Report on horse surra - Volume II, Part I
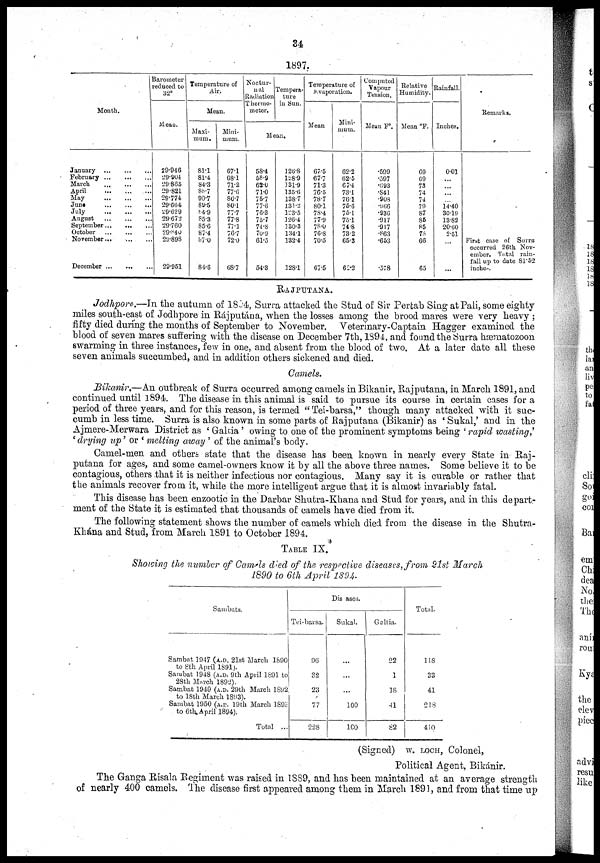
34
1897.
Barometer
reduced to
32°
Month.
January
February
March
...
April
May
June
July
August
September
October
November...
...
December
Mean.
29.946
29.904
29.865
29.821
29.774
29.664
29.629
29.672
29.760
29.840
29.898
29.951
Temperature of
Air,
Mean.
Maxi¬
mum.
81.1
81.4
84.3
88.7
90.7
89.5
84.9
85.3
85.6
87.4
87.0
84.6
Mini-
mum.
67.1
68.1
71.2
77.6
80.7
80.1
77.7
77.8
77.1
76.7
72.0
68.7
Noctur-
nal
Radiation
Thermo-
meter.
Mean.
58.4
58.9
62.0
71.0
75.7
77.6
76.3
75.7
74.8
70.9
61.5
54.3
Tempera-
ture
in Sun.
126.8
128.9
131.9
135.6
138.7
131.2
123.5
126.4
130.3
134.1
132.4
128.1
Temperature of
Evaporation.
Mean
67.5
67.7
71.3
76.5
78.7
80.1
78.4
77.9
78.0
76.8
70.5
67.5
Mini-
mum.
62.2
62.5
67.4
73.1
76.1
76.6
75.1
75.1
74.8
73.2
65.3
62.2
Computed
Vapour
Tension.
Mean F°.
.599
.597
.593
.841
.908
.966
.936
.917
.917
.863
.653
.578
Relative
Humidity.
Mean °F.
69
69
73
74
74
79
87
85
85
78
66
65
Rainfall.
Inches.
0.01
...
...
...
...
14.40
30.19
13.82
20.60
2.51
...
...
Remarks.
First case of Surra
occurred 26th Nov-
ember. Total rain-
fall up to date 81.52
inches.
RAJPUTANA.
Jodhpore.—In the autumn of 1894, Surra attacked the Stud of Sir Pertab Sing at Pali, some eighty
miles south-east of Jodhpore in Rájputána, when the losses among the brood mares were very heavy ;
fifty died during the months of September to November. Veterinary-Captain Hagger examined the
blood of seven mares suffering with the disease on December 7th, 1894, and found the Surra hæmatozoon
swarming in three instances, few in one, and absent from the blood of two. At a later date all these
seven animals succumbed, and in addition others sickened and died.
Camels.
Bikanir.—An outbreak of Surra occurred among camels in Bikanir, Rajputana, in March 1891, and
continued until 1894. The disease in this animal is said to pursue its course in certain cases for a
period of three years, and for this reason, is termed " Tei-barsa," though many attacked with it suc-
cumb in less time. Surra is also known in some parts of Rajputana (Bikanir) as ' Sukal,' and in the
Ajmere-Merwara District as ' Galtia ' owing to one of the prominent symptoms being ' rapid wasting,'
'drying up' or ' melting away ' of the animal's body.
Camel-men and others state that the disease has been known in nearly every State in Raj-
putana for ages, and some camel-owners know it by all the above three names. Some believe it to be
contagious, others that it is neither infectious nor contagious. Many say it is curable or rather that
the animals recover from it, while the more intelligent argue that it is almost invariably fatal.
This disease has been enzootic in the Darbar Shutra-Khana and Stud for years, and in this depart-
ment of the State it is estimated that thousands of camels have died from it.
The following statement shows the number of camels which died from the disease in the Shutra-
Khána and Stud, from March 1891 to October 1894.
TABLE IX.
Showing the number of Camels died of the respective diseases, from 21st March
1890 to 6th April 1894.
Sambats.
Sambat 1947 (A.D. 21st March 1890
to 8th April 1891).
Sambat 1948 (A.D. 9th April 1891 to
28th March 1892).
Sambat 1949 (A.D. 29th March 1892
to 18th March 1893).
Sambat 1950 (A.D. 19th March 1893
to 6th, April 1894).
Total ...
Tei-barsa.
96
32
23
77
228
Disases.
Sukal.
...
...
...
100
100
Galtia.
22
1
18
41
82
Total.
118
33
41
218
410
(Signed) W. LOCH, Colonel,
Political Agent, Bikánir.
The Ganga Risala Regiment was raised in 1889, and has been maintained at an average strength
of nearly 400 camels. The disease first appeared among them in March 1891, and from that time up